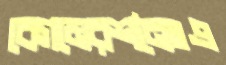
বেগমেরশনৈঃএ